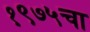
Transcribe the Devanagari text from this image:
१९७५चा